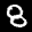
Label: 8